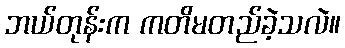
ဘယ်တုန်းက ကတိမတည်ခဲ့သလဲ။